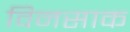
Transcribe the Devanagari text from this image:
विनसाक